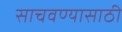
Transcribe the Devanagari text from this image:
साचवण्यासाठी